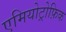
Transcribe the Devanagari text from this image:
एमियोट्रोफ़िक